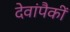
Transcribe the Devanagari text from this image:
देवांपैकीं